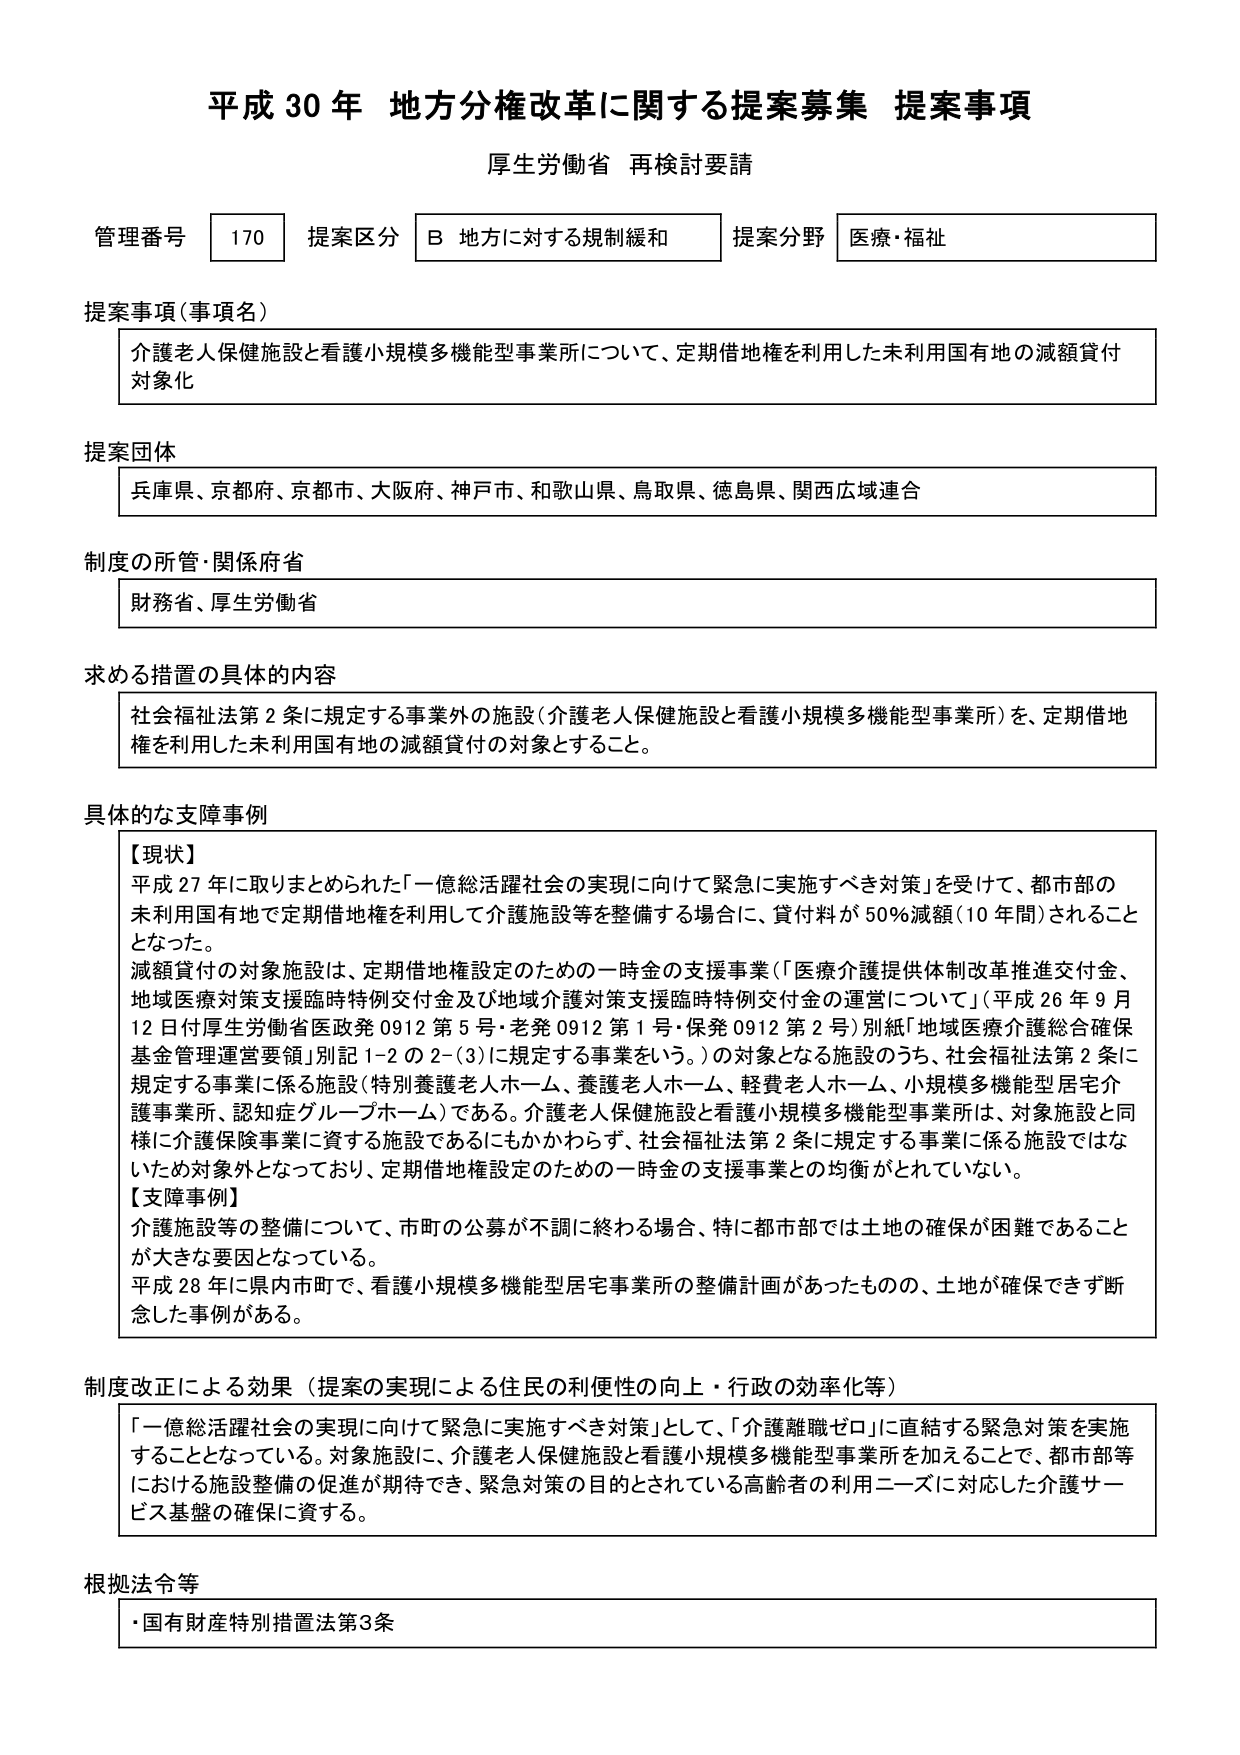
平成30年 地方分権改革に関する提案募集 提案事項
厚生労働省 再検討要請

管理番号 170 提案区分 B 地方に対する規制緩和 提案分野 医療・福祉

提案事項（事項名）
介護老人保健施設と看護小規模多機能型事業所について、定期借地権を利用した未利用国有地の減額貸付対象化

提案団体
兵庫県、京都府、京都市、大阪府、神戸市、和歌山県、鳥取県、徳島県、関西広域連合

制度の所管・関係府省
財務省、厚生労働省

求める措置の具体的内容
社会福祉法第2条に規定する事業外の施設（介護老人保健施設と看護小規模多機能型事業所）を、定期借地権を利用した未利用国有地の減額貸付の対象とすること。

具体的な支障事例
【現状】
平成27年に取りまとめられた「一億総活躍社会の実現に向けて緊急に実施すべき対策」を受けて、都市部の未利用国有地で定期借地権を利用して介護施設等を整備する場合に、貸付料が50％減額（10年間）されることとなった。
減額貸付の対象施設は、定期借地権設定のための一時金の支援事業（「医療介護提供体制改革推進交付金、地域医療対策支援臨時特例交付金及び地域介護対策支援臨時特例交付金の運営について」（平成26年9月12日付厚生労働省医政発0912第5号・老発0912第1号・保発0912第2号）別紙「地域医療介護総合確保基金管理運営要領」別記1-2の2-(3)に規定する事業をいう。）の対象となる施設のうち、社会福祉法第2条に規定する事業に係る施設（特別養護老人ホーム、養護老人ホーム、軽費老人ホーム、小規模多機能型居宅介護事業所、認知症グループホーム）である。介護老人保健施設と看護小規模多機能型事業所は、対象施設と同様に介護保険事業に資する施設であるにもかかわらず、社会福祉法第2条に規定する事業に係る施設ではないため対象外となっており、定期借地権設定のための一時金の支援事業との均衡がとれていない。
【支障事例】
介護施設等の整備について、市町の公募が不調に終わる場合、特に都市部では土地の確保が困難であることが大きな要因となっている。
平成28年に県内市町で、看護小規模多機能型居宅事業所の整備計画があったものの、土地が確保できず断念した事例がある。

制度改正による効果（提案の実現による住民の利便性の向上・行政の効率化等）
「一億総活躍社会の実現に向けて緊急に実施すべき対策」として、「介護離職ゼロ」に直結する緊急対策を実施することとなっている。対象施設に、介護老人保健施設と看護小規模多機能型事業所を加えることで、都市部等における施設整備の促進が期待でき、緊急対策の目的とされている高齢者の利用ニーズに対応した介護サービス基盤の確保に資する。

根拠法令等
・国有財産特別措置法第3条